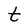
Character: t